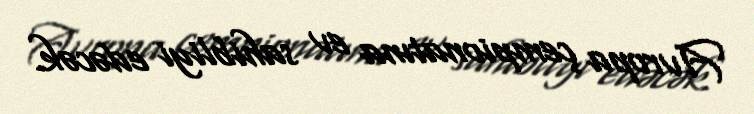
Avropa çempionatına ev sahibliyi edəcək.